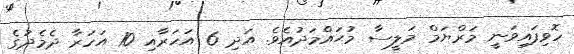
ހޮވިފައިވަނީ މަރްޔަމް މަލީސާ މުޙައްމަދުއެވެ. އަދި 6 އަހަރާއި 10 އަހަރާ ދެމެދުގެ